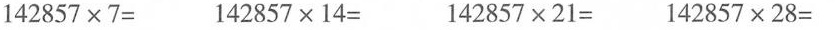
$$142857\times7=$$ $$142857\times14=$$ $$142857\times21=$$ $$142857\times28=$$